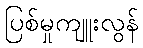
ပြစ်မှုကျူးလွန်